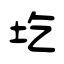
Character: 圪